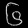
Digit: ၆